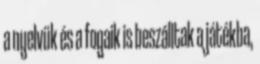
a nyelvük és a fogaik is beszálltak a játékba,